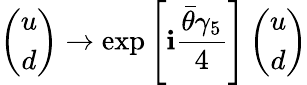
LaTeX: \left(\begin{array}{c}{{u}}\\ {{d}}\end{array}\right)\to\exp\left[\mathbf{i}\frac{{\bar{{\theta}}\gamma_{5}}}{{4}}\right]\left(\begin{array}{c}{{u}}\\ {{d}}\end{array}\right)